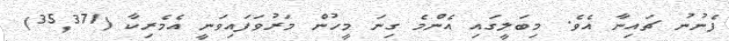
ފެނުނު ޗައިނާ އެވެ. މިބަލީގައި އެންމެ ގިނަ މީހުން މަރުވަފައިވަނީ އެމެރިކާ (35